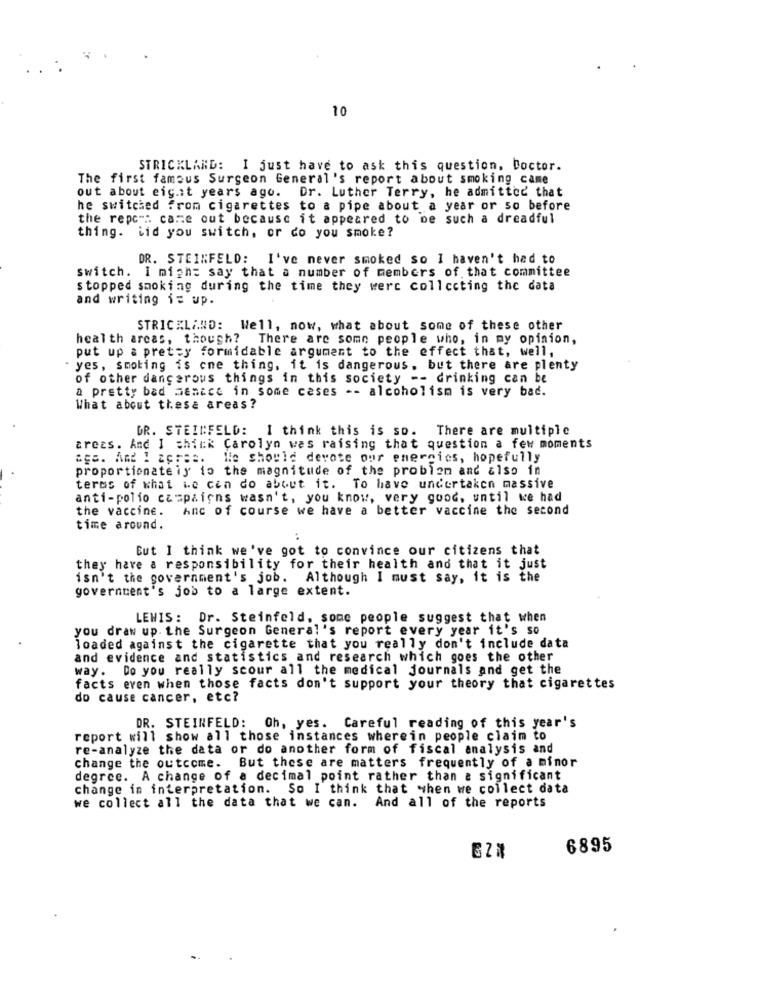
10
STRICKLAND: I just have to ask this question, Doctor.
The first famous Surgeon General's report about smoking came
out about eig.it years ago. Dr. Luther Terry, he admitted that
he switched from cigarettes to a pipe about a year or so before
the repc": came out because it appeared to be such a dreadful
thing. tid you switch, or do you smoke?
DR. STEINFELD:
I've never smoked so I haven't had to
switch. I might say that a number of members of that committee
stopped smoking during the time they were collecting the data
and writing is up.
STRICKLAND: Well, now, what about some of these other
health areas, though? There are some people who, in my opinion,
put up a pretty formidable argument to the effect that, well,
yes, smoking is one thing, it is dangerous. but there are plenty
of other dangerous things in this society -- drinking can be
a pretty bad Samice in some cases -- alcoholism is very bad.
What about these areas?
DR. STEINFELD: I think this is so. There are multiple
areas. And I chick Carolyn was raising that question a few moments
We should devote our energics, hopefully
proportionateiy to the magnitude of the problem and also in
terms of what Le cin do about it. To have undertaken massive
anti-polio campaigns wasn't, you know, very good, until we had
the vaccine.
Anc of course we have a better vaccine the second
time around.
:
But I think we've got to convince our citizens that
they have a responsibility for their health and that it just
isn't the government's job. Although I must say, it is the
government's job to a large extent.
LEWIS: Dr. Steinfeld, some people suggest that when
you draw up. the Surgeon General's report every year it's so
loaded against the cigarette that you really don't include data
and evidence and statistics and research which goes the other
way. Do you really scour all the medical journals and get the
facts even when those facts don't support your theory that cigarettes
do cause cancer, etc?
DR. STEINFELD: Oh, yes. Careful reading of this year's
report will show all those instances wherein people claim to
re-analyze the data or do another form of fiscal analysis and
change the outcome. But these are matters frequently of a minor
degree. A change of a decimal point rather than a significant
change in interpretation. So I think that when we collect data
we collect all the data that we can.
And all of the reports
6895